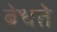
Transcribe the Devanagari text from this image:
बेधते